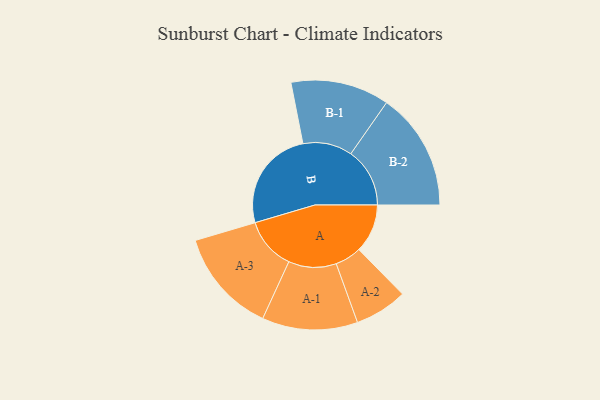
{"axis": {"x": "Segment", "y": "Value"}, "legend": ["", "A", "B"], "data": [{"x": "A", "y": 218, "type": ""}, {"x": "B", "y": 457, "type": ""}, {"x": "A-1", "y": 214, "type": "A"}, {"x": "A-2", "y": 118, "type": "A"}, {"x": "A-3", "y": 234, "type": "A"}, {"x": "B-1", "y": 221, "type": "B"}, {"x": "B-2", "y": 264, "type": "B"}]}